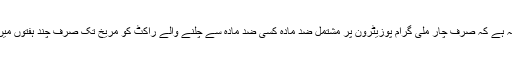
ان کو پورا بھروسہ ہے کہ صرف چار ملی گرام پوزیٹرون پر مشتمل ضد مادّہ کسی ضد مادّہ سے چلنے والے راکٹ کو مریخ تک صرف چند ہفتوں میں ہی پہنچا دے گا۔